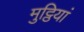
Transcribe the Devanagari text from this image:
मुट्ठियां